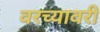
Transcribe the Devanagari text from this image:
वरच्यावरी